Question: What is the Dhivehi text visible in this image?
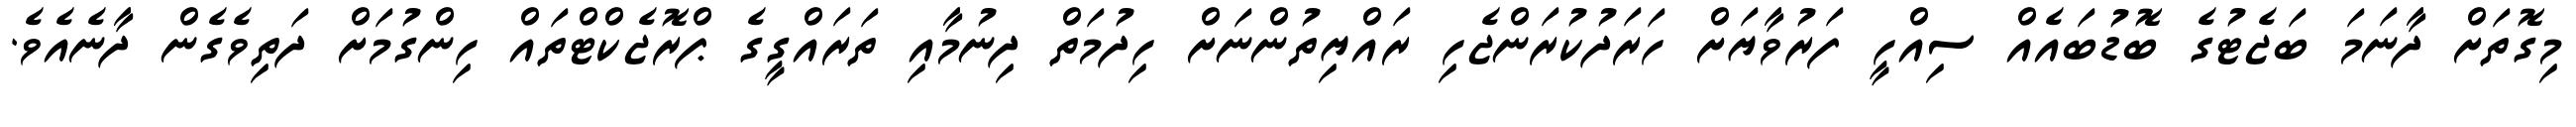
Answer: މިގޮތަށް ދާނަމަ ބަޖެޓުގެ ބޮޑުބައެއް ސިއްހީ ފަރުވާޔަށް ހަރަދުކުރަންޖެހި ރައްޔިތުންނަށް ހިދުމަތް ދިނުމާއި ތަރައްގީގެ ޕްރޮޖެކްޓްތައް ހިންގުމަށް ދަތިވެގެން ދާނެއެވެ.